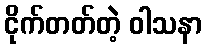
ငိုက်တတ်တဲ့ ဝါသနာ